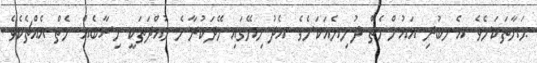
ޙަޔާތަކަށެވެ. އެނބުރި އައުންނެތް ދުނިޔެއަކަށެވެ. އެދުނިޔޭގައި ހޭދަކުރާނެ މުއްދަތަކީ ހިސާބެއް ނެތް އެއްޗެކެވެ.